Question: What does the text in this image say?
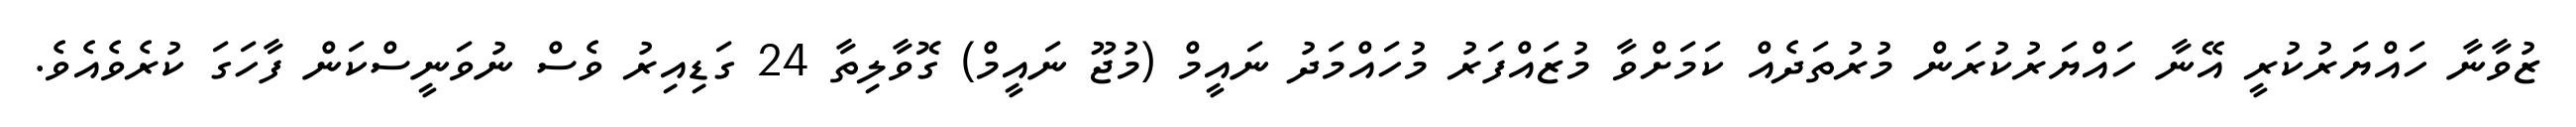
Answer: ޒުވާނާ ހައްޔަރުކުރީ އޭނާ ހައްޔަރުކުރަން މުރުތަދެއް ކަމަށްވާ މުޒައްފަރު މުހައްމަދު ނައީމް (މުޖޫ ނައީމް) ގޮވާލިތާ 24 ގަޑިއިރު ވެސް ނުވަނީސްކަން ފާހަގަ ކުރެވެއެވެ.